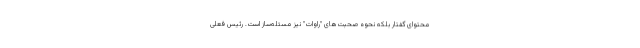
محتوای گفتار بلکه نحوه صحبت‌های "راوات" نیز مسئله‌ساز است. رئیس فعلی